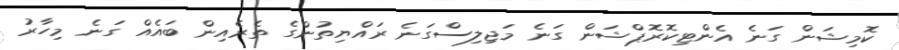
ކޮމިޝަން ގަނެ އެންޓިކޮރޮޕްޝަން ގަނެ މަޖިލިސްގަނެ ރައްޔިތުންގެ ތެރެއިން ބައެއް ގަނެ މިހާރު